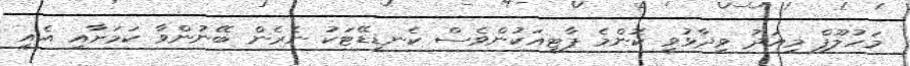
މަހުލޫފް މިއަދު ވިދާޅުވީ ކޮންމެ ޕާޓީއަކުންވެސް ކެނޑީޑޭޓަކު ނެރެން ބޭނުންވާ ކަމަށާއި އެއީ